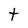
Character: t